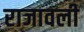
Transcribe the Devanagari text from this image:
राजावली